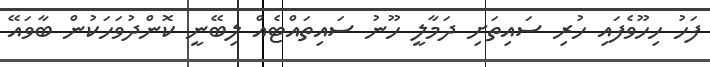
ފަހު ހިހޫވެފައި ހުރި ސައިތަށި ދަމާލީ ހޫނު ސައިތައްޓެއް ލިބޭނީ ކޮންދުވަހަކުން ބާވައޭ